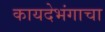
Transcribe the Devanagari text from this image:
कायदेभंगाचा